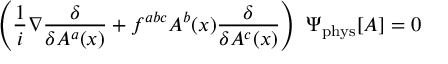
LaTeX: \left( \frac { 1 } { i } \nabla \frac { \delta } { \delta A ^ { a } ( x ) } + f ^ { a b c } A ^ { b } ( x ) \frac { \delta } { \delta A ^ { c } ( x ) } \right) ~ \Psi _ { \mathrm { p h y s } } [ A ] = 0